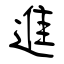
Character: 進